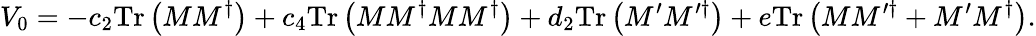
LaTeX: V_{0}=-c_{2}\mathrm{Tr}\left(MM^{\dagger}\right)+c_{4}\mathrm{Tr}\left(MM^{\dagger}MM^{\dagger}\right)+d_{2}\mathrm{Tr}\left(M^{\prime}M^{\prime\dagger}\right)+e\mathrm{Tr}\left(MM^{\prime\dagger}+M^{\prime}M^{\dagger}\right).